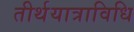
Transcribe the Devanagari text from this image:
तीर्थयात्राविधि